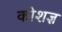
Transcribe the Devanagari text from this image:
कोशज्ञ